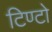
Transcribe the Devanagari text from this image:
टिण्टो